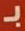
بـ